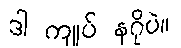
ဒါ ကျုပ် နဂိုပဲ။